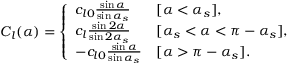
\begin{array} { r } { C _ { l } ( \alpha ) = \left\{ \begin{array} { l l } { c _ { l 0 } \frac { \sin \alpha } { \sin \alpha _ { s } } } & { [ \alpha < \alpha _ { s } ] , } \\ { c _ { l } \frac { \sin 2 \alpha } { \sin 2 \alpha _ { s } } } & { [ \alpha _ { s } < \alpha < \pi - \alpha _ { s } ] , } \\ { - c _ { l 0 } \frac { \sin \alpha } { \sin \alpha _ { s } } } & { [ \alpha > \pi - \alpha _ { s } ] . } \end{array} \right. } \end{array}